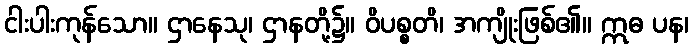
ငါးပါးကုန်သော။ ဌာနေသု၊ ဌာနတို့၌။ ဝိပစ္စတိ၊ အကျိုးဖြစ်၏။ ဣဓ ပန၊